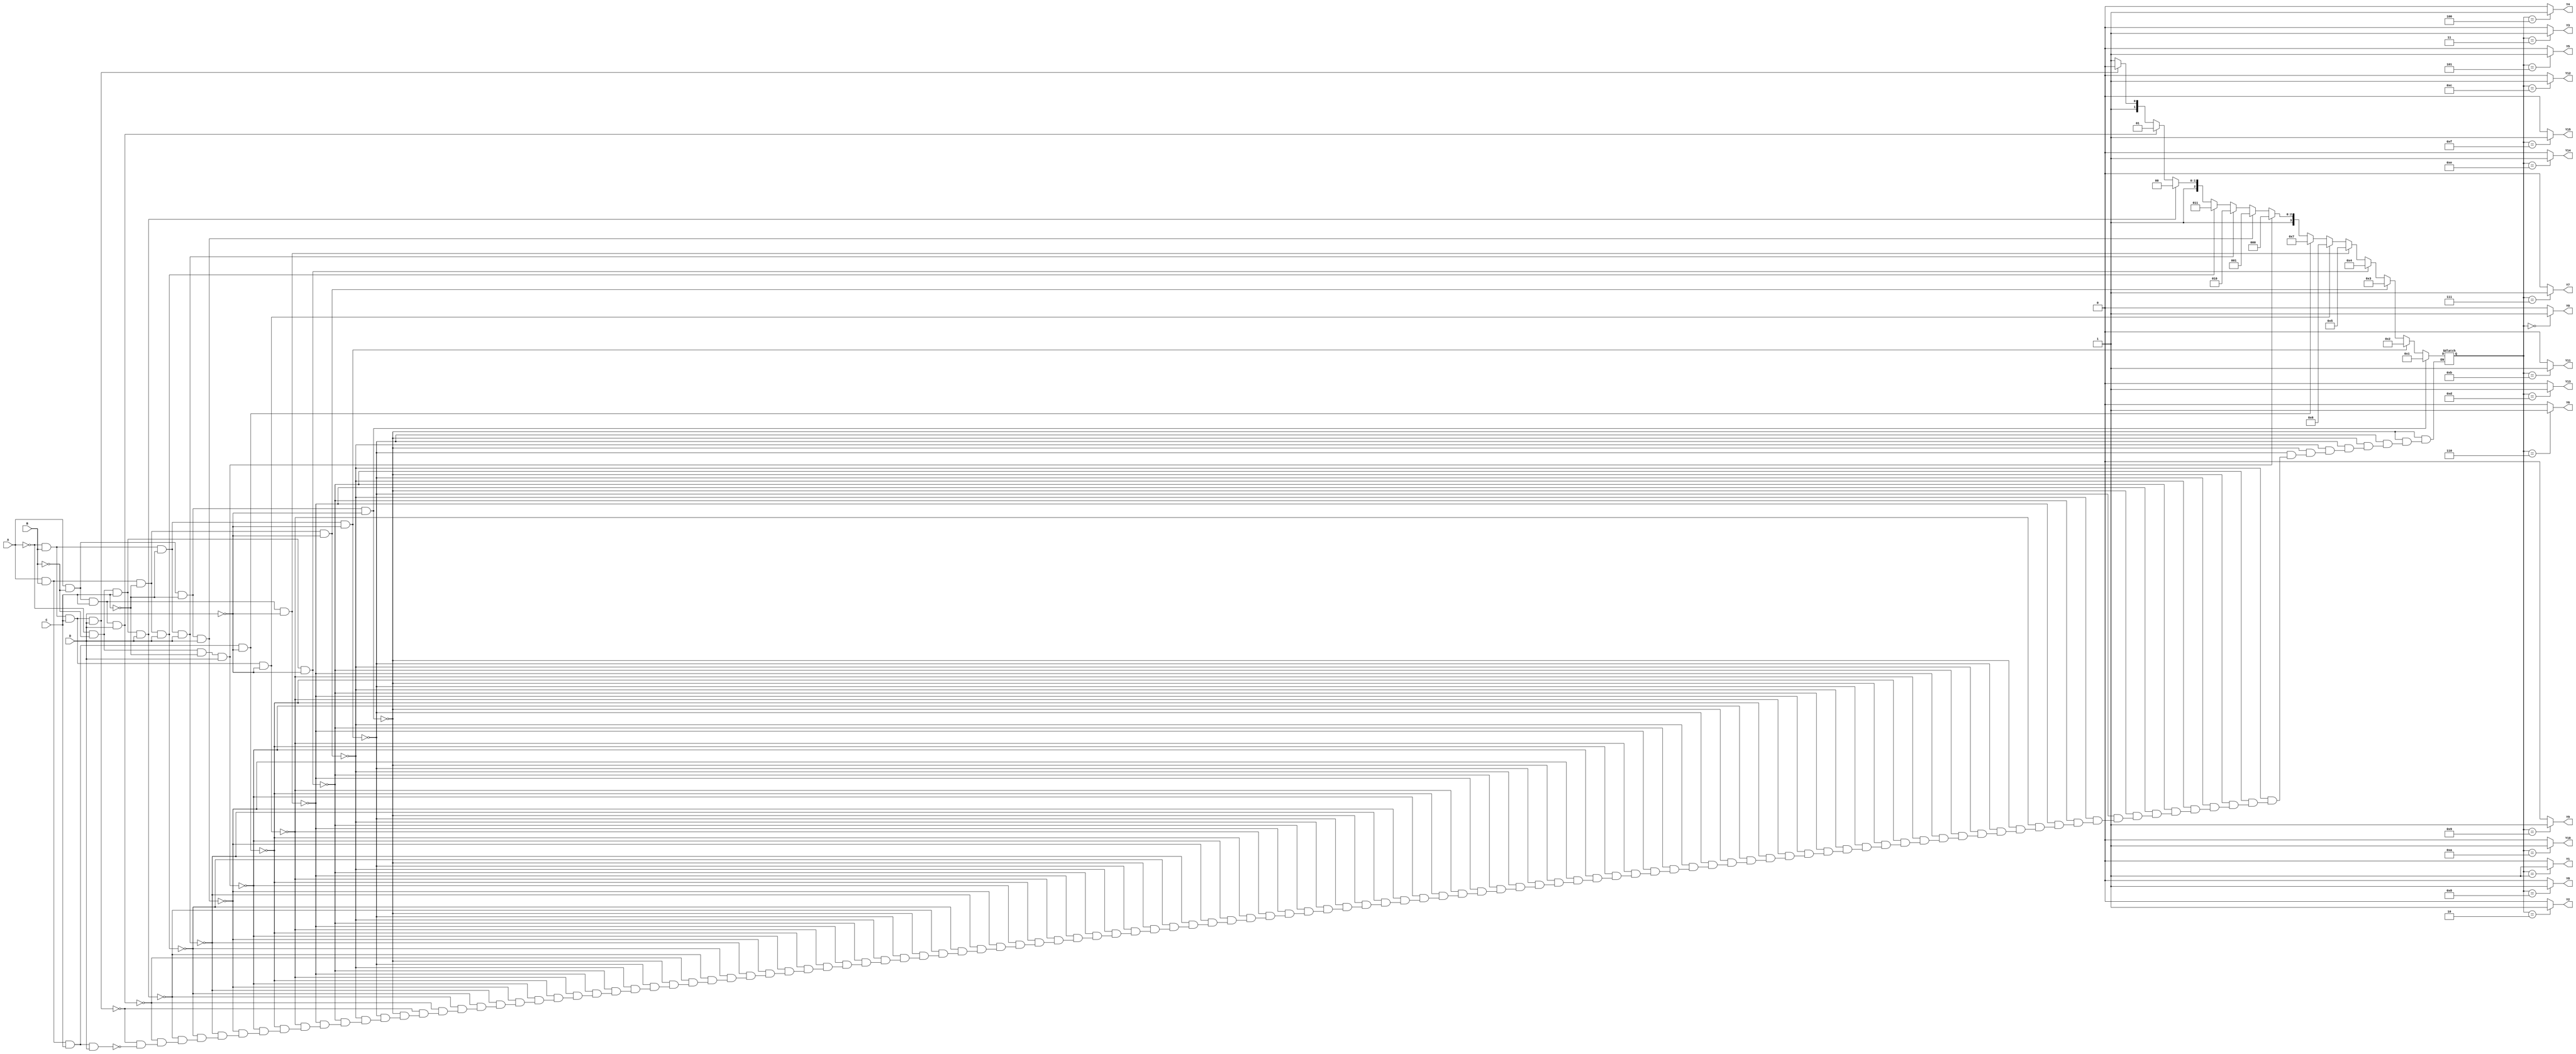
module demux_4_to_16(
    input A, B, C, D,
    output reg Y0, Y1, Y2, Y3, Y4, Y5, Y6, Y7, Y8, Y9, Y10, Y11, Y12, Y13, Y14, Y15
);

reg [3:0] select;

always @ (A or B or C or D) begin
    if (A && !B && !C && !D) select = 4'b0001;
    else if (!A && B && !C && !D) select = 4'b0010;
    else if (A && B && !C && !D) select = 4'b0011;
    else if (!A && !B && C && !D) select = 4'b0100;
    else if (A && !B && C && !D) select = 4'b0101;
    else if (!A && B && C && !D) select = 4'b0110;
    else if (A && B && C && !D) select = 4'b0111;
    else if (!A && !B && !C && D) select = 4'b1000;
    else if (A && !B && !C && D) select = 4'b1001;
    else if (!A && B && !C && D) select = 4'b1010;
    else if (A && B && !C && D) select = 4'b1011;
    else if (!A && !B && C && D) select = 4'b1100;
    else if (A && !B && C && D) select = 4'b1101;
    else if (!A && B && C && D) select = 4'b1110;
    else if (A && B && C && D) select = 4'b1111;
end

always @ (select) begin
    Y0 = (select == 4'b0000) ? 1'b1 : 1'b0;
    Y1 = (select == 4'b0001) ? 1'b1 : 1'b0;
    Y2 = (select == 4'b0010) ? 1'b1 : 1'b0;
    Y3 = (select == 4'b0011) ? 1'b1 : 1'b0;
    Y4 = (select == 4'b0100) ? 1'b1 : 1'b0;
    Y5 = (select == 4'b0101) ? 1'b1 : 1'b0;
    Y6 = (select == 4'b0110) ? 1'b1 : 1'b0;
    Y7 = (select == 4'b0111) ? 1'b1 : 1'b0;
    Y8 = (select == 4'b1000) ? 1'b1 : 1'b0;
    Y9 = (select == 4'b1001) ? 1'b1 : 1'b0;
    Y10 = (select == 4'b1010) ? 1'b1 : 1'b0;
    Y11 = (select == 4'b1011) ? 1'b1 : 1'b0;
    Y12 = (select == 4'b1100) ? 1'b1 : 1'b0;
    Y13 = (select == 4'b1101) ? 1'b1 : 1'b0;
    Y14 = (select == 4'b1110) ? 1'b1 : 1'b0;
    Y15 = (select == 4'b1111) ? 1'b1 : 1'b0;
end

endmodule